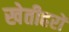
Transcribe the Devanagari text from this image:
खेतीहरों